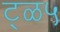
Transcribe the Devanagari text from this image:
ट्ळ५